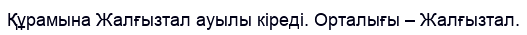
Құрамына Жалғызтал ауылы кіреді. Орталығы – Жалғызтал.